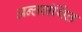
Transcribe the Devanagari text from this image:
अन्‍तग्रंर्थित